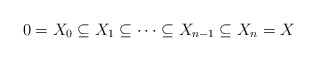
\begin{align*}0=X_{0}\subseteq X_{1}\subseteq\cdots\subseteq X_{n-1}\subseteq X_{n}=X\end{align*}